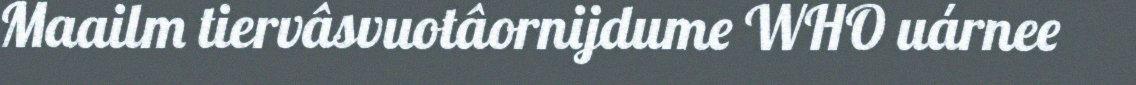
Maailm tiervâsvuotâornijdume WHO uárnee